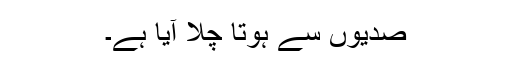
صدیوں سے ہوتا چلا آیا ہے۔